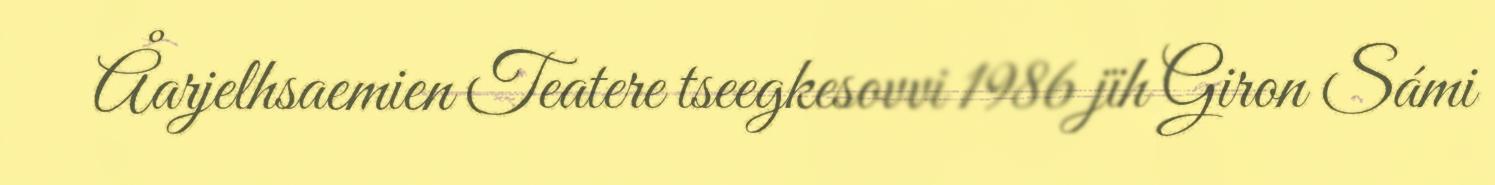
Åarjelhsaemien Teatere tseegkesovvi 1986 jïh Giron Sámi